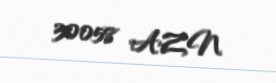
30058 AZN